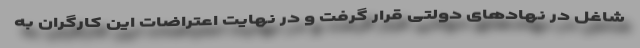
شاغل در نهادهای دولتی قرار گرفت و در نهایت اعتراضات این کارگران به